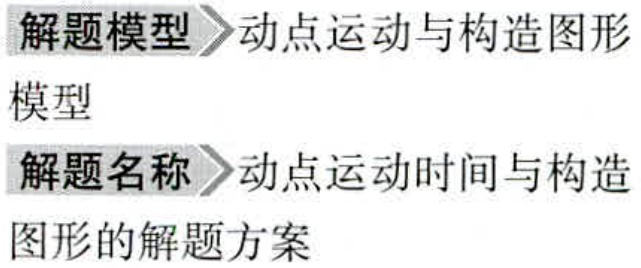
\begin{enumerate}
\item 解题模型$\rhd$动点运动与构造图形模型
\item 解题名称$\rhd$动点运动时间与构造图形的解题方案
\end{enumerate}